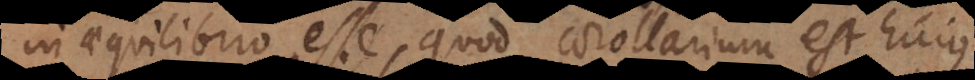
in aequilibrio esse, quod corollarium est hujus